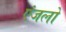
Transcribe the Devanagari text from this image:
एंजलो